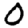
Digit: 0